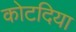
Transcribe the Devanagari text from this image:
कोटदिया